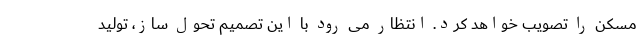
مسکن را تصویب خواهد کرد. انتظار می رود با این تصمیم تحول ساز، تولید